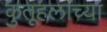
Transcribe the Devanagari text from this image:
कुतूहलाच्या